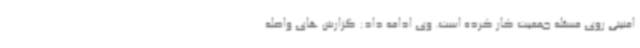
امنیتی روی مسئله جمعیت کار کرده است. وی ادامه داد: گزارش های واصله